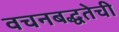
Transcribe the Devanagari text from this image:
वचनबद्धतेची